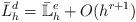
LaTeX: \begin{align*}\bar{L}^d_h = {\mathbb{\bar{L}}}^{e}_h + O(h^{r+1})\end{align*}